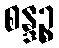
စန္ဒဉ္စ